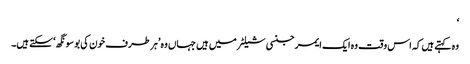
‘
وہ کہتے ہیں کہ اس وقت وہ ایک ایمرجنسی شیلٹر میں ہیں جہاں وہ ’ہر طرف خون کی بو سونگھ‘ سکتے ہیں۔